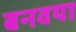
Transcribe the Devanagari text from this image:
बनवया